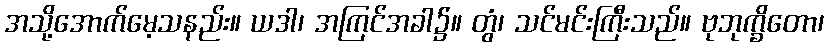
အသို့အောက်မေ့သနည်း။ ယဒါ၊ အကြင်အခါ၌။ တွံ၊ သင်မင်းကြီးသည်။ ဗုဘုက္ခိတော၊